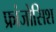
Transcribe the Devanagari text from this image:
फ्रांजोसिश